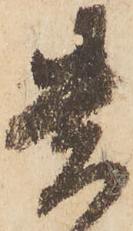
貴